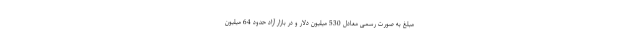
مبلغ به صورت رسمی معادل 530 میلیون دلار و در بازار آزاد حدود 64 میلیون